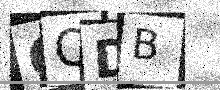
Text: GQDB